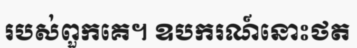
របស់ពួកគេ។ ឧបករណ៍នោះថត